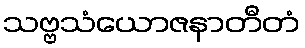
သဗ္ဗသံယောဇနာတီတံ